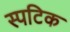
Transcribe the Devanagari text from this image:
स्पटिक